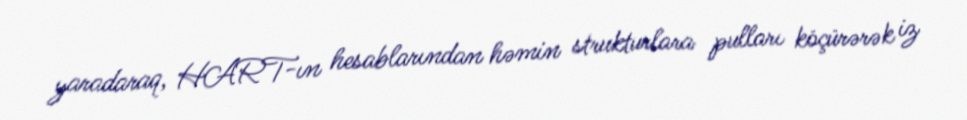
yaradaraq, HART-ın hesablarından həmin strukturlara pulları köçürərək iz